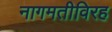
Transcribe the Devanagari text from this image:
नागमतीविरह